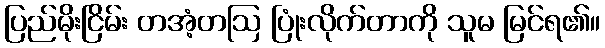
ပြည်မိုးငြိမ်း တအံ့တဩ ပြုံးလိုက်တာကို သူမ မြင်ရ၏။